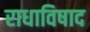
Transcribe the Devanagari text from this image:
राधाविषाद